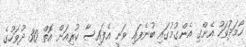
ހޯމަދަުވަހު އެންގި އެންގުމުގައި ބުނެފައި ވަނީ އެފައިސާ ކުރިއަށް އޮތް 30 ދުވަހުގެ